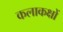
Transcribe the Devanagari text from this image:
कलाकक्षों